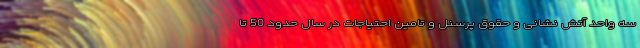
سه واحد آتش نشانی و حقوق پرسنل و تامین احتیاجات در سال حدود 50 تا